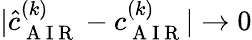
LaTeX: |\hat{c}_{\mathrm{~A~I~R~}}^{(k)}-c_{\mathrm{~A~I~R~}}^{(k)}|\to 0